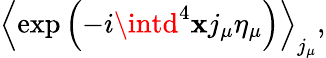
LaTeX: \left<\exp\left(-i\intd^{4}\mathbf{x}j_{\mu}\eta_{\mu}\right)\right>_{j_{\mu}},